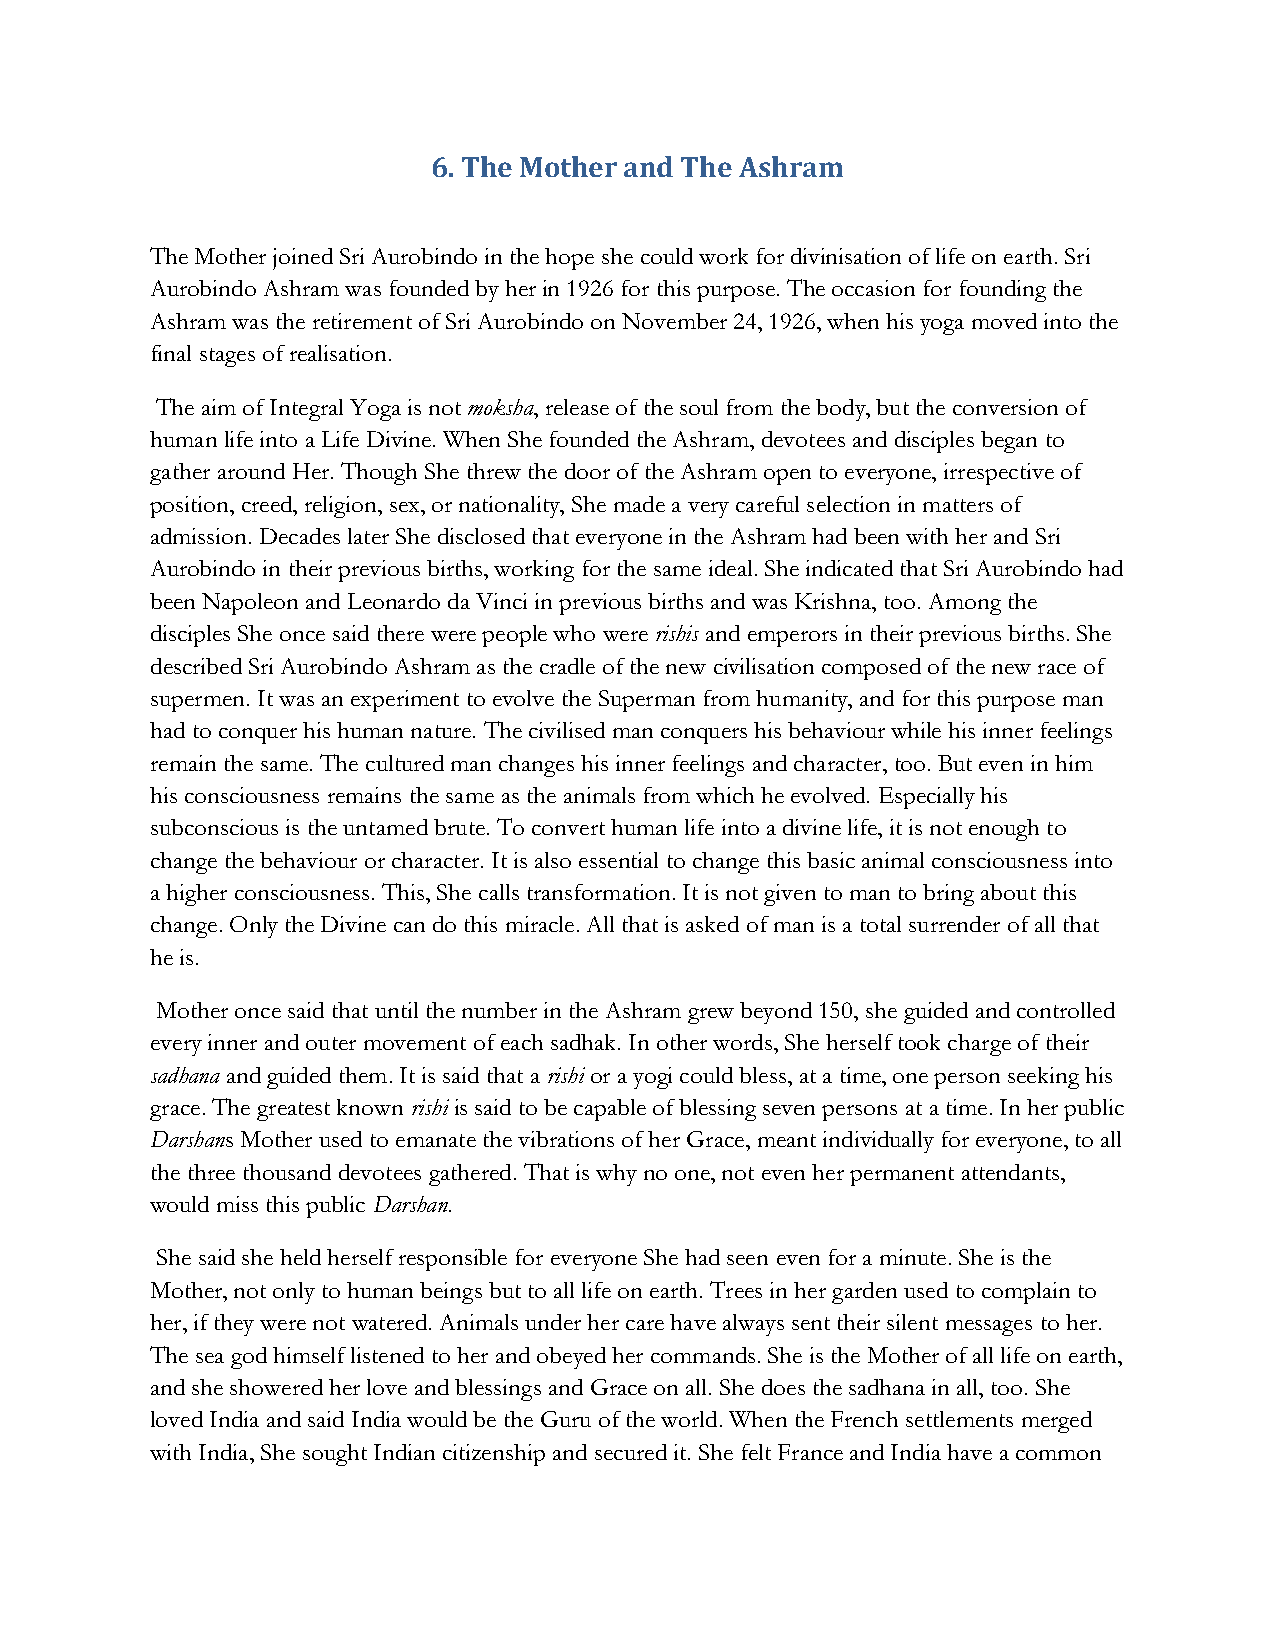
6. The Mother and The Ashram
 The Mother joined Sri Aurobindo in the hope she could work for divinisation of life on earth. Sri
 Aurobindo Ashram was founded by her in 1926 for this purpose. The occasion for founding the
 Ashram was the retirement of Sri Aurobindo on November 24, 1926, when his yoga moved into the
 final stages of realisation.
 The aim of Integral Yoga is not moksha, release of the soul from the body, but the conversion of
 human life into a Life Divine. When She founded the Ashram, devotees and disciples began to
 gather around Her. Though She threw the door of the Ashram open to everyone, irrespective of
 position, creed, religion, sex, or nationality, She made a very careful selection in matters of
 admission. Decades later She disclosed that everyone in the Ashram had been with her and Sri
 Aurobindo in their previous births, working for the same ideal. She indicated that Sri Aurobindo had
 been Napoleon and Leonardo da Vinci in previous births and was Krishna, too. Among the
 disciples She once said there were people who were rishis and emperors in their previous births. She
 described Sri Aurobindo Ashram as the cradle of the new civilisation composed of the new race of
 supermen. It was an experiment to evolve the Superman from humanity, and for this purpose man
 had to conquer his human nature. The civilised man conquers his behaviour while his inner feelings
 remain the same. The cultured man changes his inner feelings and character, too. But even in him
 his consciousness remains the same as the animals from which he evolved. Especially his
 subconscious is the untamed brute. To convert human life into a divine life, it is not enough to
 change the behaviour or character. It is also essential to change this basic animal consciousness into
 a higher consciousness. This, She calls transformation. It is not given to man to bring about this
 change. Only the Divine can do this miracle. All that is asked of man is a total surrender of all that
 he is.
 Mother once said that until the number in the Ashram grew beyond 150, she guided and controlled
 every inner and outer movement of each sadhak. In other words, She herself took charge of their
 sadhana and guided them. It is said that a rishi or a yogi could bless, at a time, one person seeking his
 grace. The greatest known rishi is said to be capable of blessing seven persons at a time. In her public
 Darshans Mother used to emanate the vibrations of her Grace, meant individually for everyone, to all
 the three thousand devotees gathered. That is why no one, not even her permanent attendants,
 would miss this public Darshan.
 She said she held herself responsible for everyone She had seen even for a minute. She is the
 Mother, not only to human beings but to all life on earth. Trees in her garden used to complain to
 her, if they were not watered. Animals under her care have always sent their silent messages to her.
 The sea god himself listened to her and obeyed her commands. She is the Mother of all life on earth,
 and she showered her love and blessings and Grace on all. She does the sadhana in all, too. She
 loved India and said India would be the Guru of the world. When the French settlements merged
 with India, She sought Indian citizenship and secured it. She felt France and India have a common